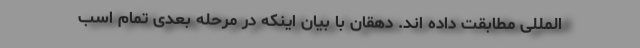
المللی مطابقت داده اند. دهقان با بیان اینکه در مرحله بعدی تمام اسب